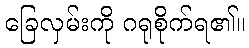
ခြေလှမ်းကို ဂရုစိုက်ရ၏။